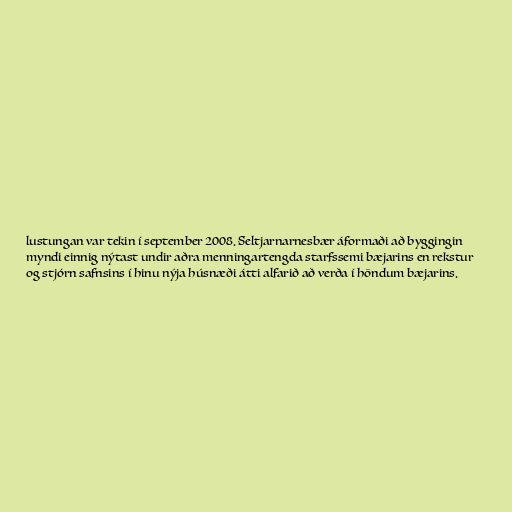
lustungan var tekin í september 2008. Seltjarnarnesbær áformaði að byggingin
myndi einnig nýtast undir aðra menningartengda starfssemi bæjarins en rekstur
og stjórn safnsins í hinu nýja húsnæði átti alfarið að verða í höndum bæjarins.